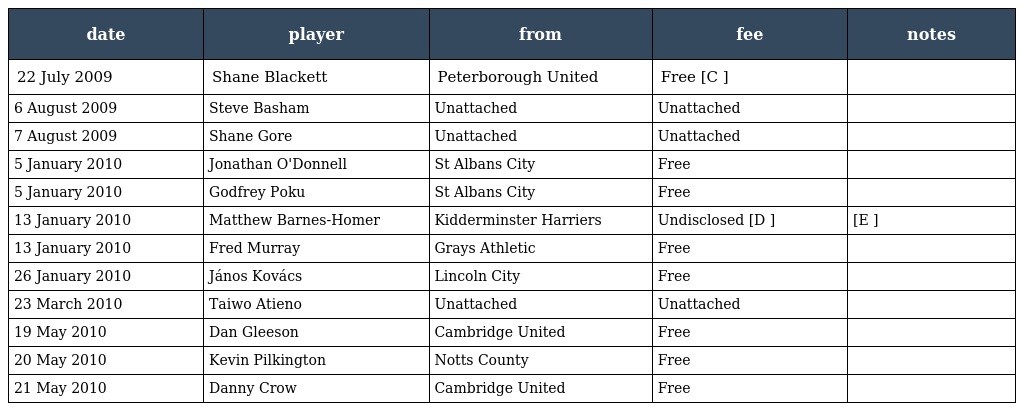
| date | player | from | fee | notes |
 | --- | --- | --- | --- | --- |
 | 22 July 2009 | Shane Blackett | Peterborough United | Free [C ] |  |
 | 6 August 2009 | Steve Basham | Unattached | Unattached |  |
 | 7 August 2009 | Shane Gore | Unattached | Unattached |  |
 | 5 January 2010 | Jonathan O'Donnell | St Albans City | Free |  |
 | 5 January 2010 | Godfrey Poku | St Albans City | Free |  |
 | 13 January 2010 | Matthew Barnes-Homer | Kidderminster Harriers | Undisclosed [D ] | [E ] |
 | 13 January 2010 | Fred Murray | Grays Athletic | Free |  |
 | 26 January 2010 | János Kovács | Lincoln City | Free |  |
 | 23 March 2010 | Taiwo Atieno | Unattached | Unattached |  |
 | 19 May 2010 | Dan Gleeson | Cambridge United | Free |  |
 | 20 May 2010 | Kevin Pilkington | Notts County | Free |  |
 | 21 May 2010 | Danny Crow | Cambridge United | Free |  |